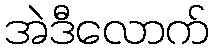
အဲဒီလောက်